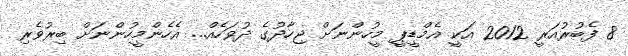
8 ފެބުރުއަރީ 2012 އަކީ އެމްޑީޕީ މީހުންނަށް ޖިހާދުގެ ދުވަހެއް... އެހެންމީހުންނަށް ބިރުވެރި